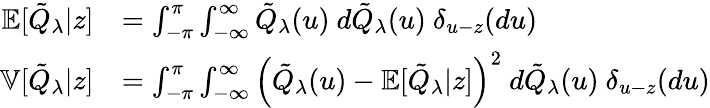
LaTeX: \begin{array}{rl}{\mathbb{E}[\tilde{Q}_{\lambda}|z]}&{=\int_{-\pi}^{\pi}\int_{-\infty}^{\infty}\tilde{Q}_{\lambda}(u)\ d\tilde{Q}_{\lambda}(u)\ \delta_{u-z}(du)}\\ {\mathbb{V}[\tilde{Q}_{\lambda}|z]}&{=\int_{-\pi}^{\pi}\int_{-\infty}^{\infty}\left(\tilde{Q}_{\lambda}(u)-\mathbb{E}[\tilde{Q}_{\lambda}|z]\right)^{2}\ d\tilde{Q}_{\lambda}(u)\ \delta_{u-z}(du)}\end{array}